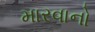
મારવાનો